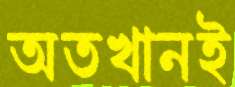
অতখানই